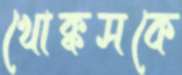
খোক্কসকে